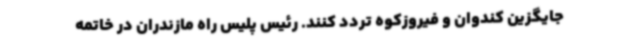
جایگزین کندوان و فیروزکوه تردد کنند. رئیس پلیس راه مازندران در خاتمه